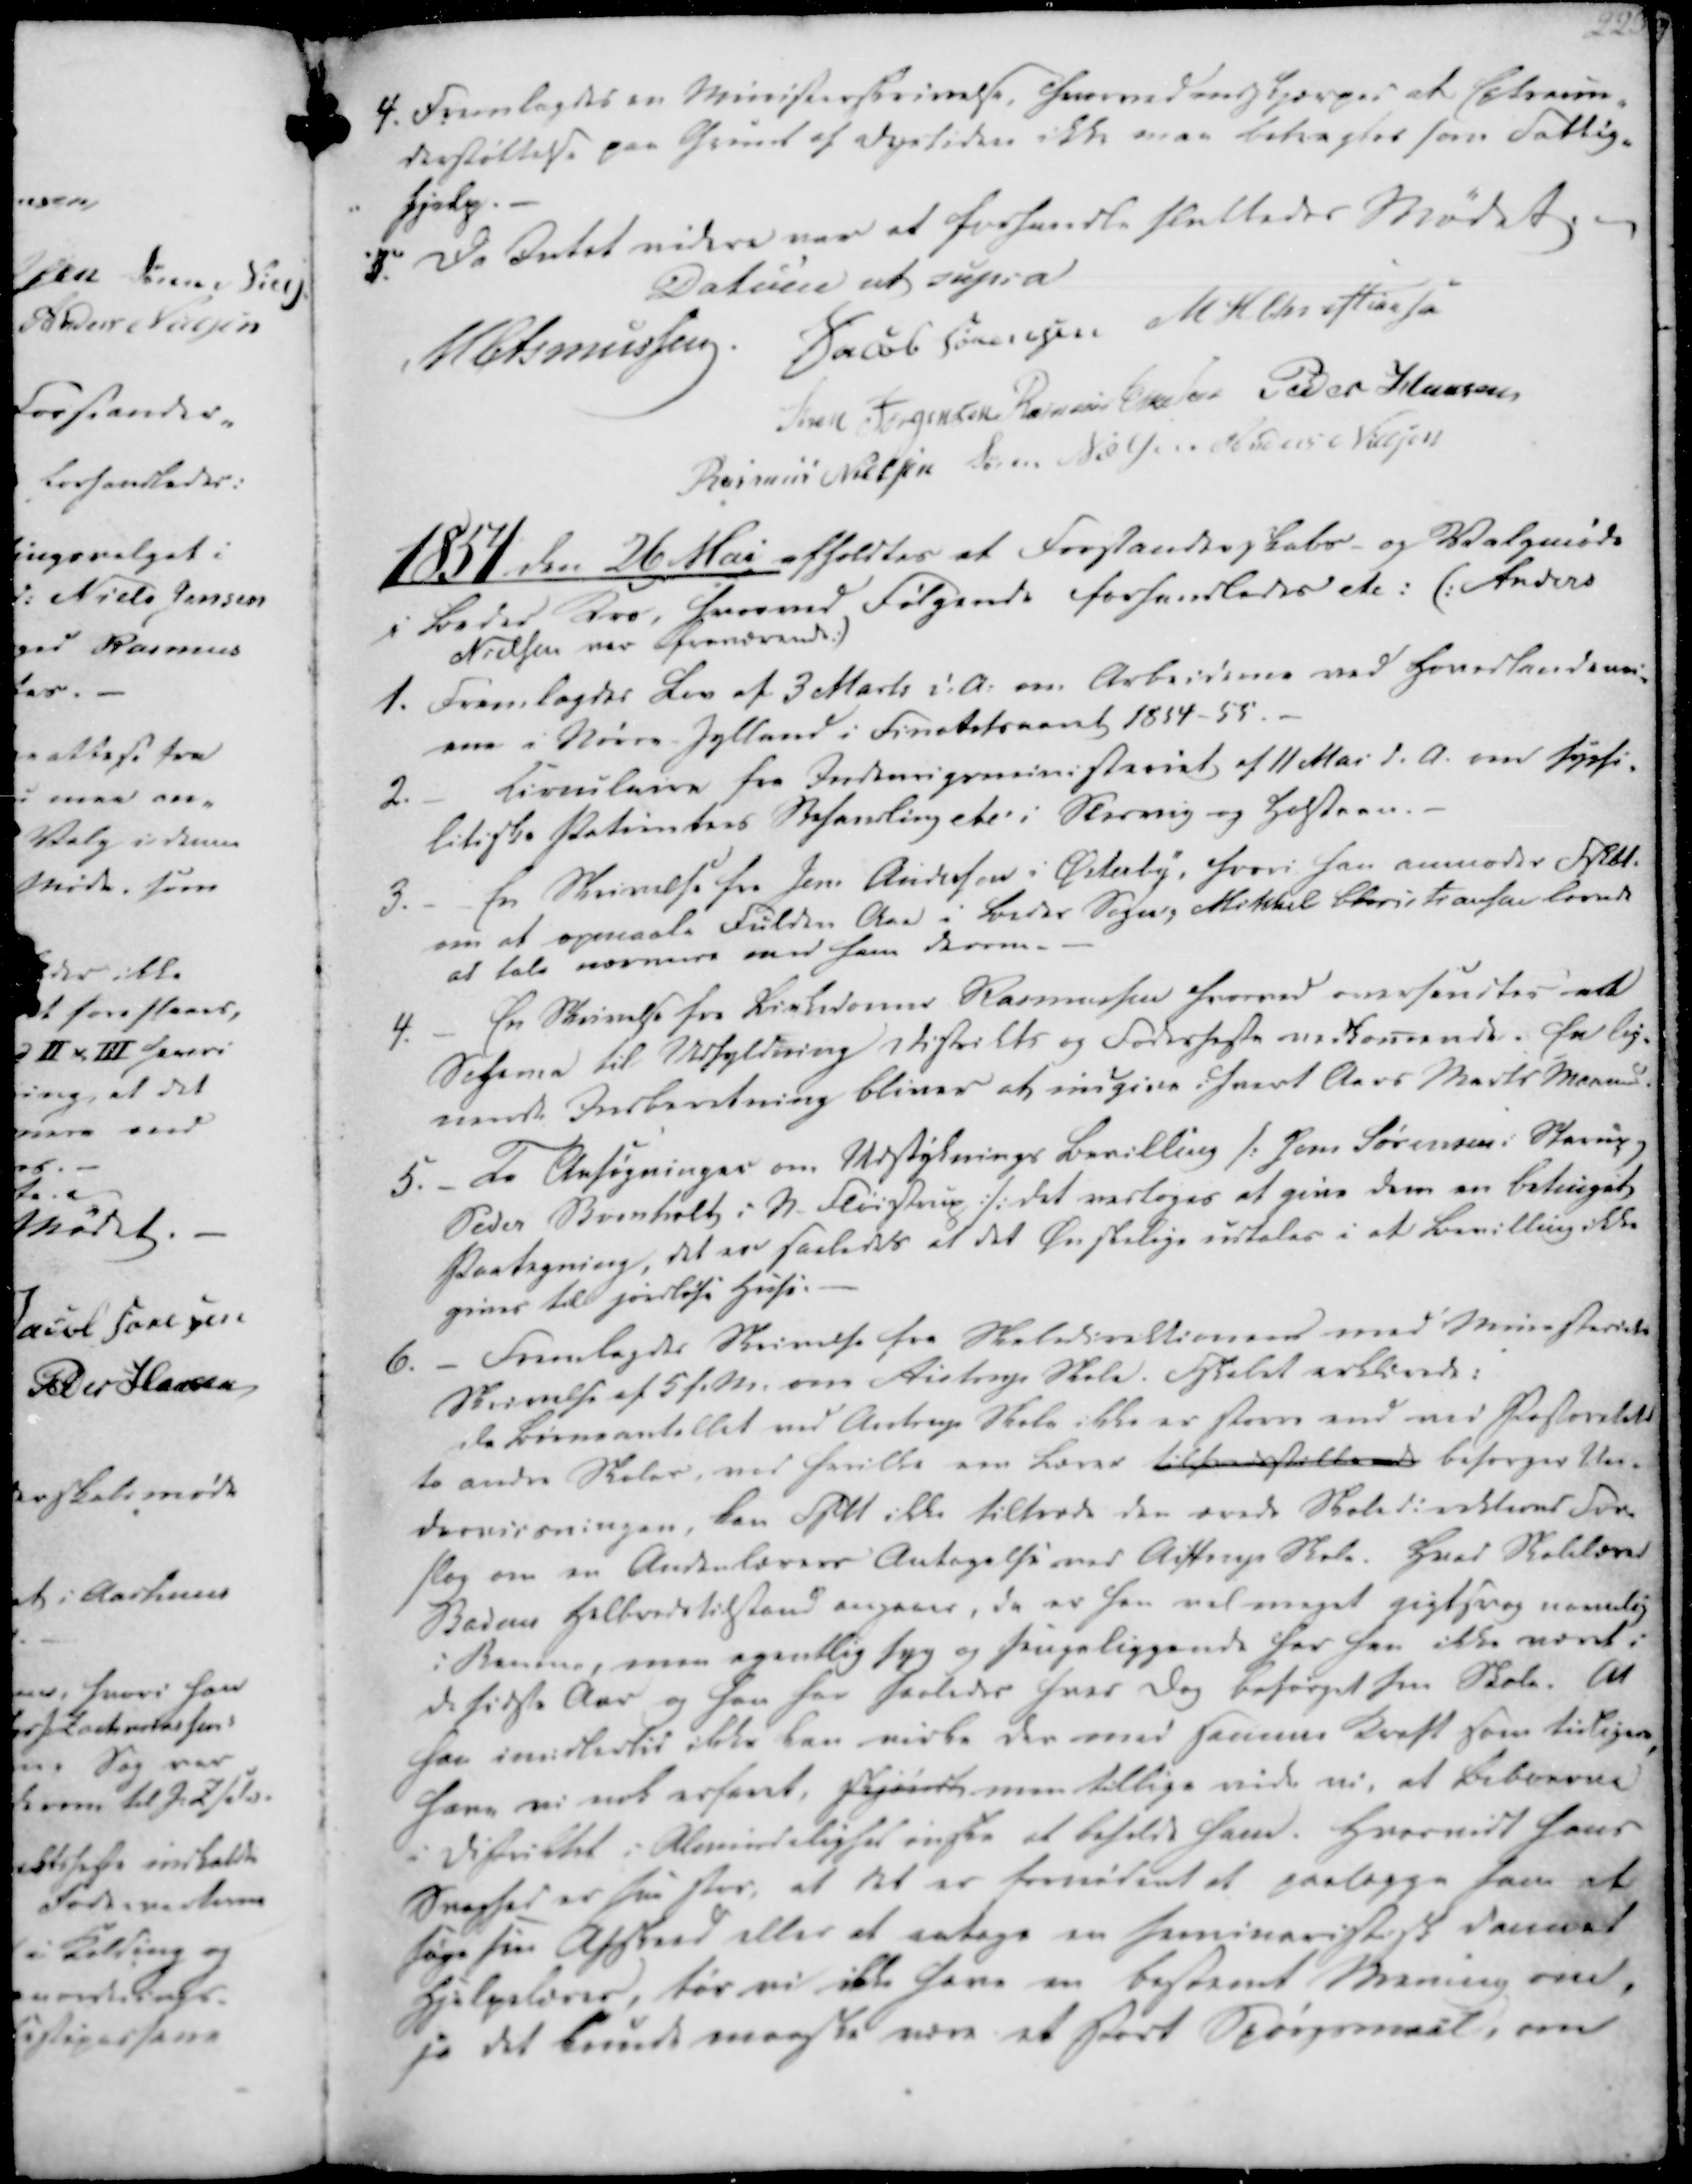
Transskription:
4. Fremlagdes en Ministerskrivelse, hvorved indskjærpes at Extraun-
derstøttelse paa Grund af Dyrtiden ikke maa betragtes som Fattig-
hjælp.
5. Da Intet videre var at forhandle sluttedes Mødet.

Datum ut supra
M Asmussen
Jacob Sørensen
M. H. Christiansen
Søren Jørgensen
Rasmus Eskesen
Peder Hansen
Rasmus Nielsen
Søren Nielsen
Anders Nielsen

1854 den 26 Mai afholdtes et Forstanderskabs- og Valgmøde
i Beder Kro, hvorved Følgende forhandledes etc: (: Anders
Nielsen var fraværende :)

1. Fremlagdes Lov af 3 Marts d.A. om Arbeiderne ved Hovedlandeie-
rne i Nørre-Jylland i Finatetsaaret 1854-55.
2.
Circulaire fra Indenrigsministeriet af 11 Mai d.A. om Syefi-
litiske Patienters Behandling etc i Slesvig og Holsteen.
3.
En Skrivelse fra Jens Andersen i Østerby, hvori han anmoder Fskbt.
om at opmaale Fulden Aae i Beder Sogn, Mikkel Christiansen lovede
at tale nærmere med ham derom.
4.
En Skrivelse fra Birkedomer Rasmussen hvorved oversendtes et
Schema til Udfyldning Distrikts og Foderheste vedkomende. En lig-
nende Indberetning bliver at indgive i hvert Aars Marts Maaned.
5. - To Ansøgninger om Udstyknings Bevilling /: Jens Sørensen i Starup og
Peder Boenholt i N. Fløistrup :/: det vedtoges at give dem en betinget
Paategning, det er saaledes at det Ønskelige udtales i at Bevilling ikke
gives til jordløse Huse.

6. - Fremlagdes Skrivelse fra Skoledirektionen med Ministeriets
Skrivelse af 5 f.M. om Aistrup Skole. Fskabet erklærede:
da Børneantallet ved Aistrup Skole ikke er storre end ved Pastoratets
to andre Skoler, ved hvilke een Lærer tilfredstillende besorger Un-
derviisningen, kan slet ikke tiltræde den ærede Skoledirektions For-
slag om en Andenlærers Antagelse ved Aistrup Skole. Hvad Skolelær.
Badens Helbredstilstand angaaer, da er han vel meget gigtsvag navnlig
i Benene, men egentlig syg og sengeliggende har han ikke været i
de sidste Aar og han har saaledes hver Dag besørget sin Skole. At
han imidlertid ikke kan virke der med samme Kraft som tidligere,
have vi nok erfaret, skjøndt men tillige vide vi, at Beboerne
i Distriktet i Almindelighed ønske at beholde ham. Hvorvidt hans
Svaghed er saa stor, at det er fornødent et paalægge ham at
søge sin Afskeed eller at antage en seminarist.sk dennet
Hjelpelærer, tør vi ikke have en bestemt Mening om,
ja det kunde maaske være et stort Spørgsmaal, om